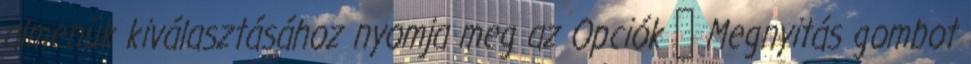
almenük kiválasztásához nyomja meg az Opciók → Megnyitás gombot